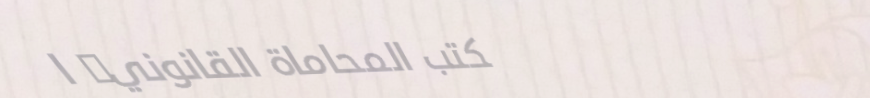
مكتب المحاماة القانوني: ا